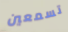
تسمعين